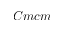
C m c m